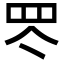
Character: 罖